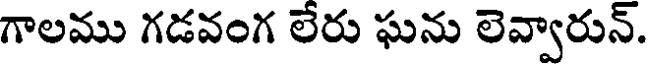
గాలము గడవంగ లేరు ఘను లెవ్వారున్.